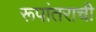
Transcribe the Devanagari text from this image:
रूपांतराची